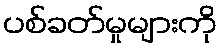
ပစ်ခတ်မှုများကို